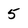
Character: 5